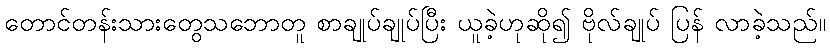
တောင်တန်းသားတွေသဘောတူ စာချုပ်ချုပ်ပြီး ယူခဲ့ဟုဆို၍ ဗိုလ်ချုပ် ပြန် လာခဲ့သည်။